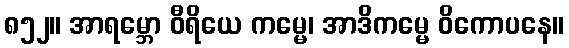
၈၅၂။ အာရမ္ဘော ဝီရိယေ ကမ္မေ၊ အာဒိကမ္မေ ဝိကောပနေ။